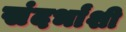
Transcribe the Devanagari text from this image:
संदर्भांशी